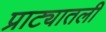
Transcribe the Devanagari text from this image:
प्राट्यातली